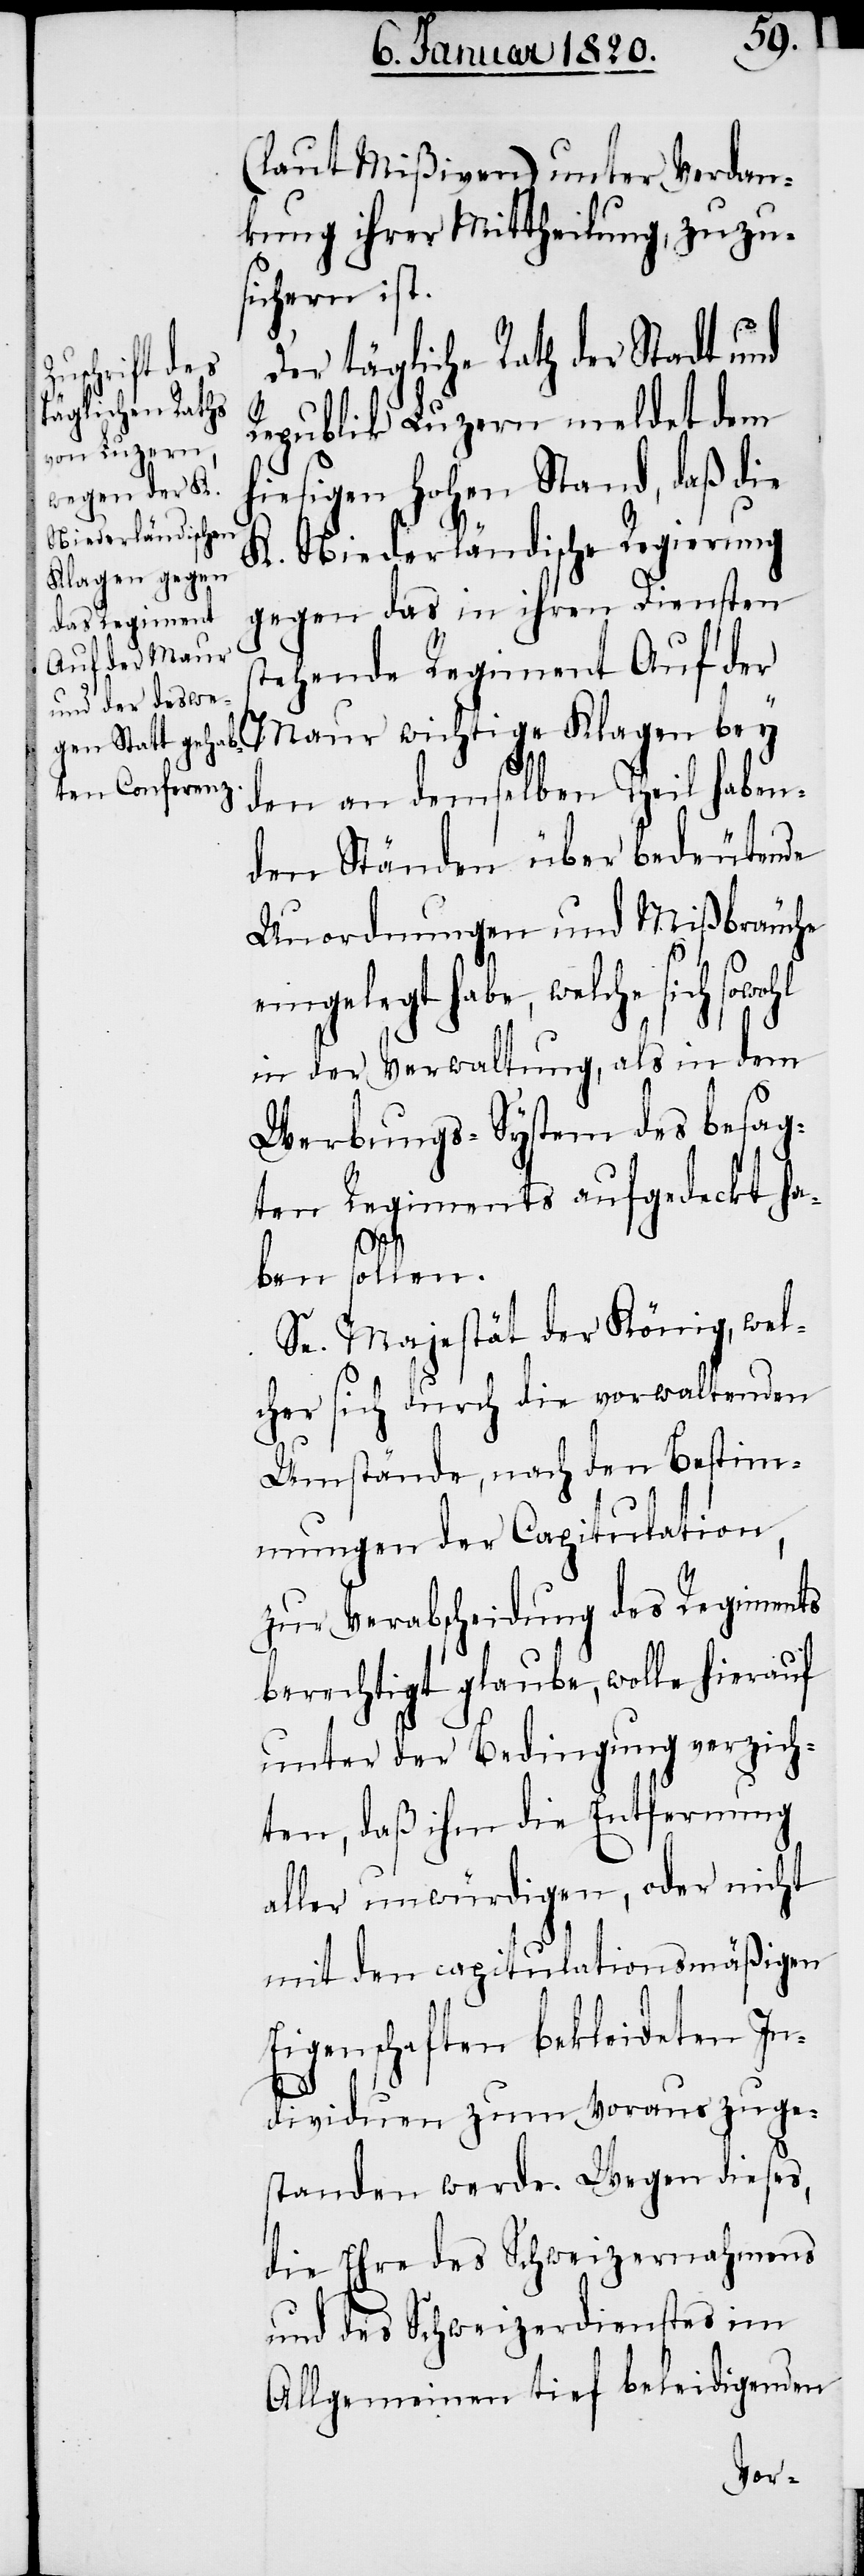
(laut Mißiven) unter Verdan¬
kung ihrer Mittheilung, zuzu¬
sichern ist.
Der tägliche Rath der Stadt und
Republik Luzern meldet dem
hiesigen Hohen Stand, daß die
K. Niederländische Regierung
gegen das in ihren Diensten
tehende Regiment Auf der
Maur wichtige Klagen bey
den an demselben Theil haben¬
den Ständen über bedeutende
Unordnungen und Mißbräuche
eingelegt habe, welche sich sowohl
in der Verwaltung, als in dem
Werbungs-System des besag¬
ten Regiments aufgedeckt ha¬
s¬
ben sollen.
Se. Majestät der König, wel¬
cher sich durch die vorwaltenden
Umstände, nach den Bestim¬
mungen der Capitulation,
zur Verabscheidung des Regiments
berechtigt glaube, wolle hierauf
unter der Bedingung verzich¬
ten, daß ihm die Entfernung
aller unwürdigen, oder nicht
mit den capitulationsmäßigen
Eigenschaften bekleideten In¬
dividuen zum Voraus zuge¬
standen werden. Wegen dieses,
die Ehre des Schweizernahmens
und des Schweizerdienstes im
Allgemeinen tief beleidigenden